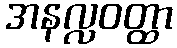
အနလ္လဝတ္ထာ